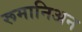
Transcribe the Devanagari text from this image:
रूमानिअन